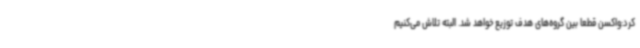
کرد:واکسن قطعا بین گروه‌های هدف توزیع خواهد شد. البته تلاش می‌کنیم